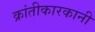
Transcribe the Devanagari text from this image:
क्रांतीकारकानी